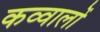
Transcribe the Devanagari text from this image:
कव्वालों